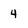
Character: 4